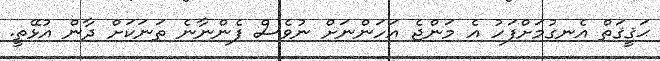
ޙަޤީޤަތް އެނގުމަށްފަހު އެ މަންޖެ އަހަންނަށް ނުވެސް ފެންނާނެ ތަނަކަށް ދާން އުޅޭތީ.